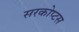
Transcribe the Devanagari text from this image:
सरकोप्टस